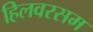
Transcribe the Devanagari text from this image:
हिलवरसम